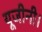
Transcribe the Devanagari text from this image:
यूजीनी।